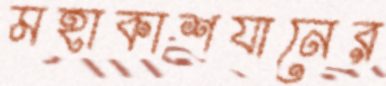
মহাকাশযানের